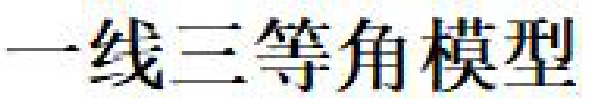
一线三等角模型